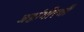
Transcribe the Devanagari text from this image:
जहांगीरची